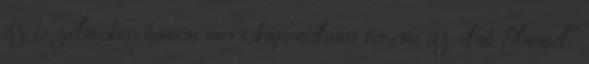
az érzelmeket, hanem mert kapcsolatot teremt az első filmmel.”